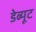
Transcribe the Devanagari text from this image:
डेब्यूट